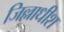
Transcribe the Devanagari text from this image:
जिल्लाधीश